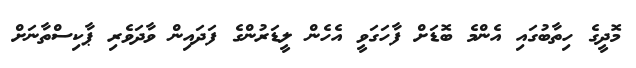
މޮދީގެ ހިތާބުގައި އެންމެ ބޮޑަށް ފާހަގަވީ އެހެން ލީޑަރުންގެ ފަދައިން ވާދަވެރި ޕާކިސްތާނަށް